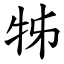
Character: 牬